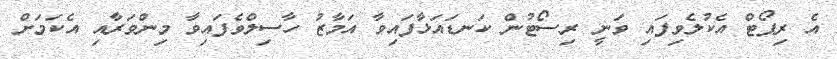
އެ ރިޕޯޓް އެކުލެވިފައި ވަނީ ރިސޯޓުން ކަނޑައަޅާފައިވާ އަމާޒު ހާސިލްވެފައިވާ މިންވަރާއި އެކަމަށް